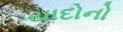
યાદોનો